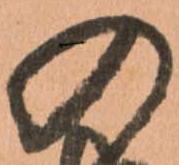
の